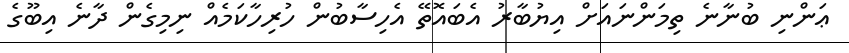
ޢަންނި ބުނާނެ ތިމަންނައަށް އިޔުބާރު އެބައޮތޭ އެހިސާބުން ހުރިހާކަމެއް ނިމިގެން ދާނެ އިބޫގެ